Scottish Leaving Certificate Examination, 1953
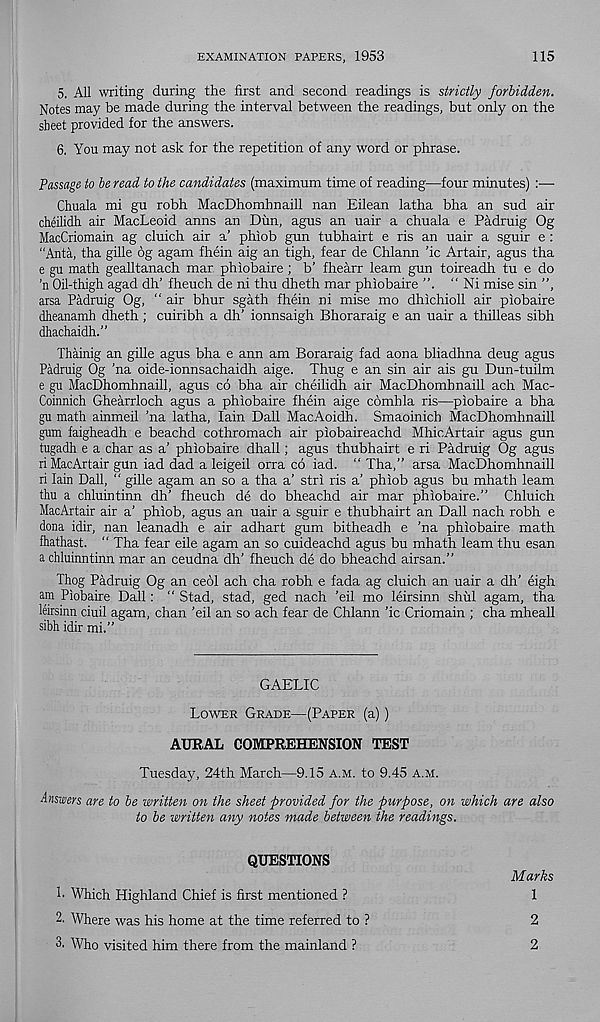
EXAMINATION PAPERS, 1953
115
5, All writing during the first and second readings is strictly forbidden.
Notes may be made during the interval between the readings, but only on the
sheet provided for the answers.
6. You may not ask for the repetition of any word or phrase.
Passage to be read to the candidates (maximum time of reading—four minutes) :—
Chuala mi gu robh MacDhomhnaill nan Eilean latha bha an sud air
cheilidh air MacLeoid anns an Dun, agus an uair a chuala e Padruig Og
MacCriomain ag cluich air a’ phiob gun tubhairt e ris an uair a sguir e :
"Anta, tha gille 6g agam fhein aig an tigh, fear de Chlann 'ic Artair, agus tha
e gu math gealltanach mar phiobaire ; b’ fhearr learn gun toireadh tu e do
’n Oil-thigh agad dh’ fheuch de ni thu dheth mar phiobaire
" Ni mise sin ”,
arsa Padruig Og, “ air bhur sgath fhein ni mise mo dhichioll air piobaire
dheanamh dheth; cuiribh a dh’ ionnsaigh Bhoraraig e an uair a thilleas sibh
dhachaidh.”
Thainig an gille agus bha e ann am Boraraig fad aona bliadhna deug agus
Padruig Og ’na oide-ionnsachaidh aige. Thug e an sin air ais gu Dun-tuilm
e gu MacDhomhnaill, agus co bha air cheilidh air MacDhombnaill ach Mac-
Coinnich Ghearrloch agus a phiobaire fhein aige combla ris—piobaire a bha
gu math ainmeil ’na latha, Iain Dali MacAoidh. Smaoinich MacDhomhnaill
gum faigheadh e beachd cothromach air piobaireachd MhicArtair agus gun
tugadh e a char as a’ phiobaire dhall; agus thubhairt e ri Padruig Og agus
riMacArtair gun iad dad a leigeil orra co iad. “ Tha,” arsa MacDhomhnaill
ri Iain Dali, “ gille agam an so a tha a’ stri ris a’ phiob agus bu mhath learn
thu a chluintinn dh’ fheuch de do bheachd air mar phiobaire.” Chluich
MacArtair air a’ phiob, agus an uair a sguir e thubhairt an Dali nach robh e
dona idir, nan leanadh e air adhart gum bitheadh e ’na phiobaire math
fhathast. “ Tha fear eile agam an so cuideachd agus bu mhath leam thu esan
a chluinntinn mar an ceudna dh’ fheuch de do bheachd airsan.”
Thog Padruig Og an ceol ach cha robh e fada ag cluich an uair a dh’ eigh
am Piobaire Dali: “ Stad, stad, ged nach ’eil mo leirsinn shul agam, tha
leirsinn ciuil agam, chan ’eil an so ach fear de Chlann ’ic Criomain ; cha mheall
sibh idir mi.”
GAELIC
Lower Grade—(Paper (a))
AURAL COMPREHENSION TEST
Tuesday, 24th March—9.15 a.m. to 9.45 a.m.
Answers are to be written on the sheet provided for the purpose, on which are also
to be written any notes made between the readings.
QUESTIONS
Marks
!• Which Highland Chief is first mentioned ?
1
2. Where was his home at the time referred to ?
2
Who visited him there from the mainland ?
2